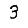
Digit: 3